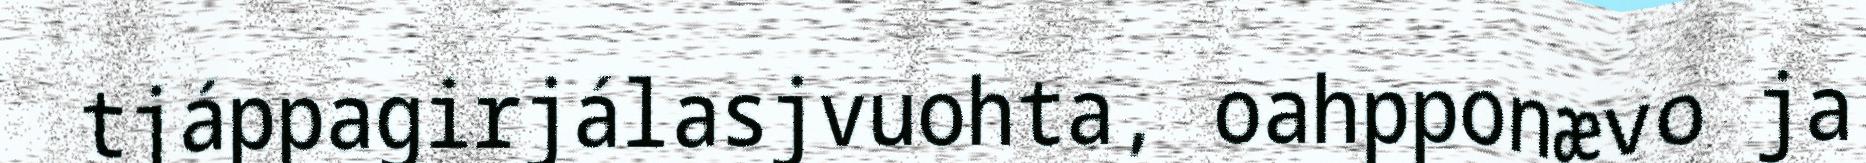
tjáppagirjálasjvuohta, oahpponævo ja